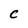
Character: C